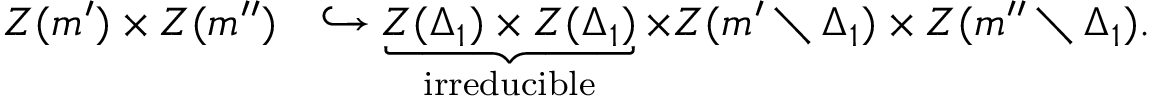
\begin{array} { r l } { Z ( \mathfrak { m } ^ { \prime } ) \times Z ( \mathfrak { m } ^ { \prime \prime } ) } & { \hookrightarrow \underbrace { Z ( \Delta _ { 1 } ) \times Z ( \Delta _ { 1 } ) } _ { \mathrm { i r r e d u c i b l e } } \times Z ( \mathfrak { m } ^ { \prime } \setminus \Delta _ { 1 } ) \times Z ( \mathfrak { m } ^ { \prime \prime } \setminus \Delta _ { 1 } ) . } \end{array}